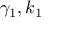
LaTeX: \gamma _ { 1 } , k _ { 1 }